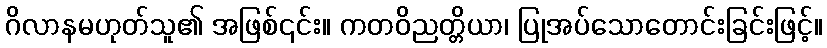
ဂိလာနမဟုတ်သူ၏ အဖြစ်၎င်း။ ကတဝိညတ္တိယာ၊ ပြုအပ်သောတောင်းခြင်းဖြင့်။